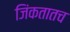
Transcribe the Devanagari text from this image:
जिंकतातच